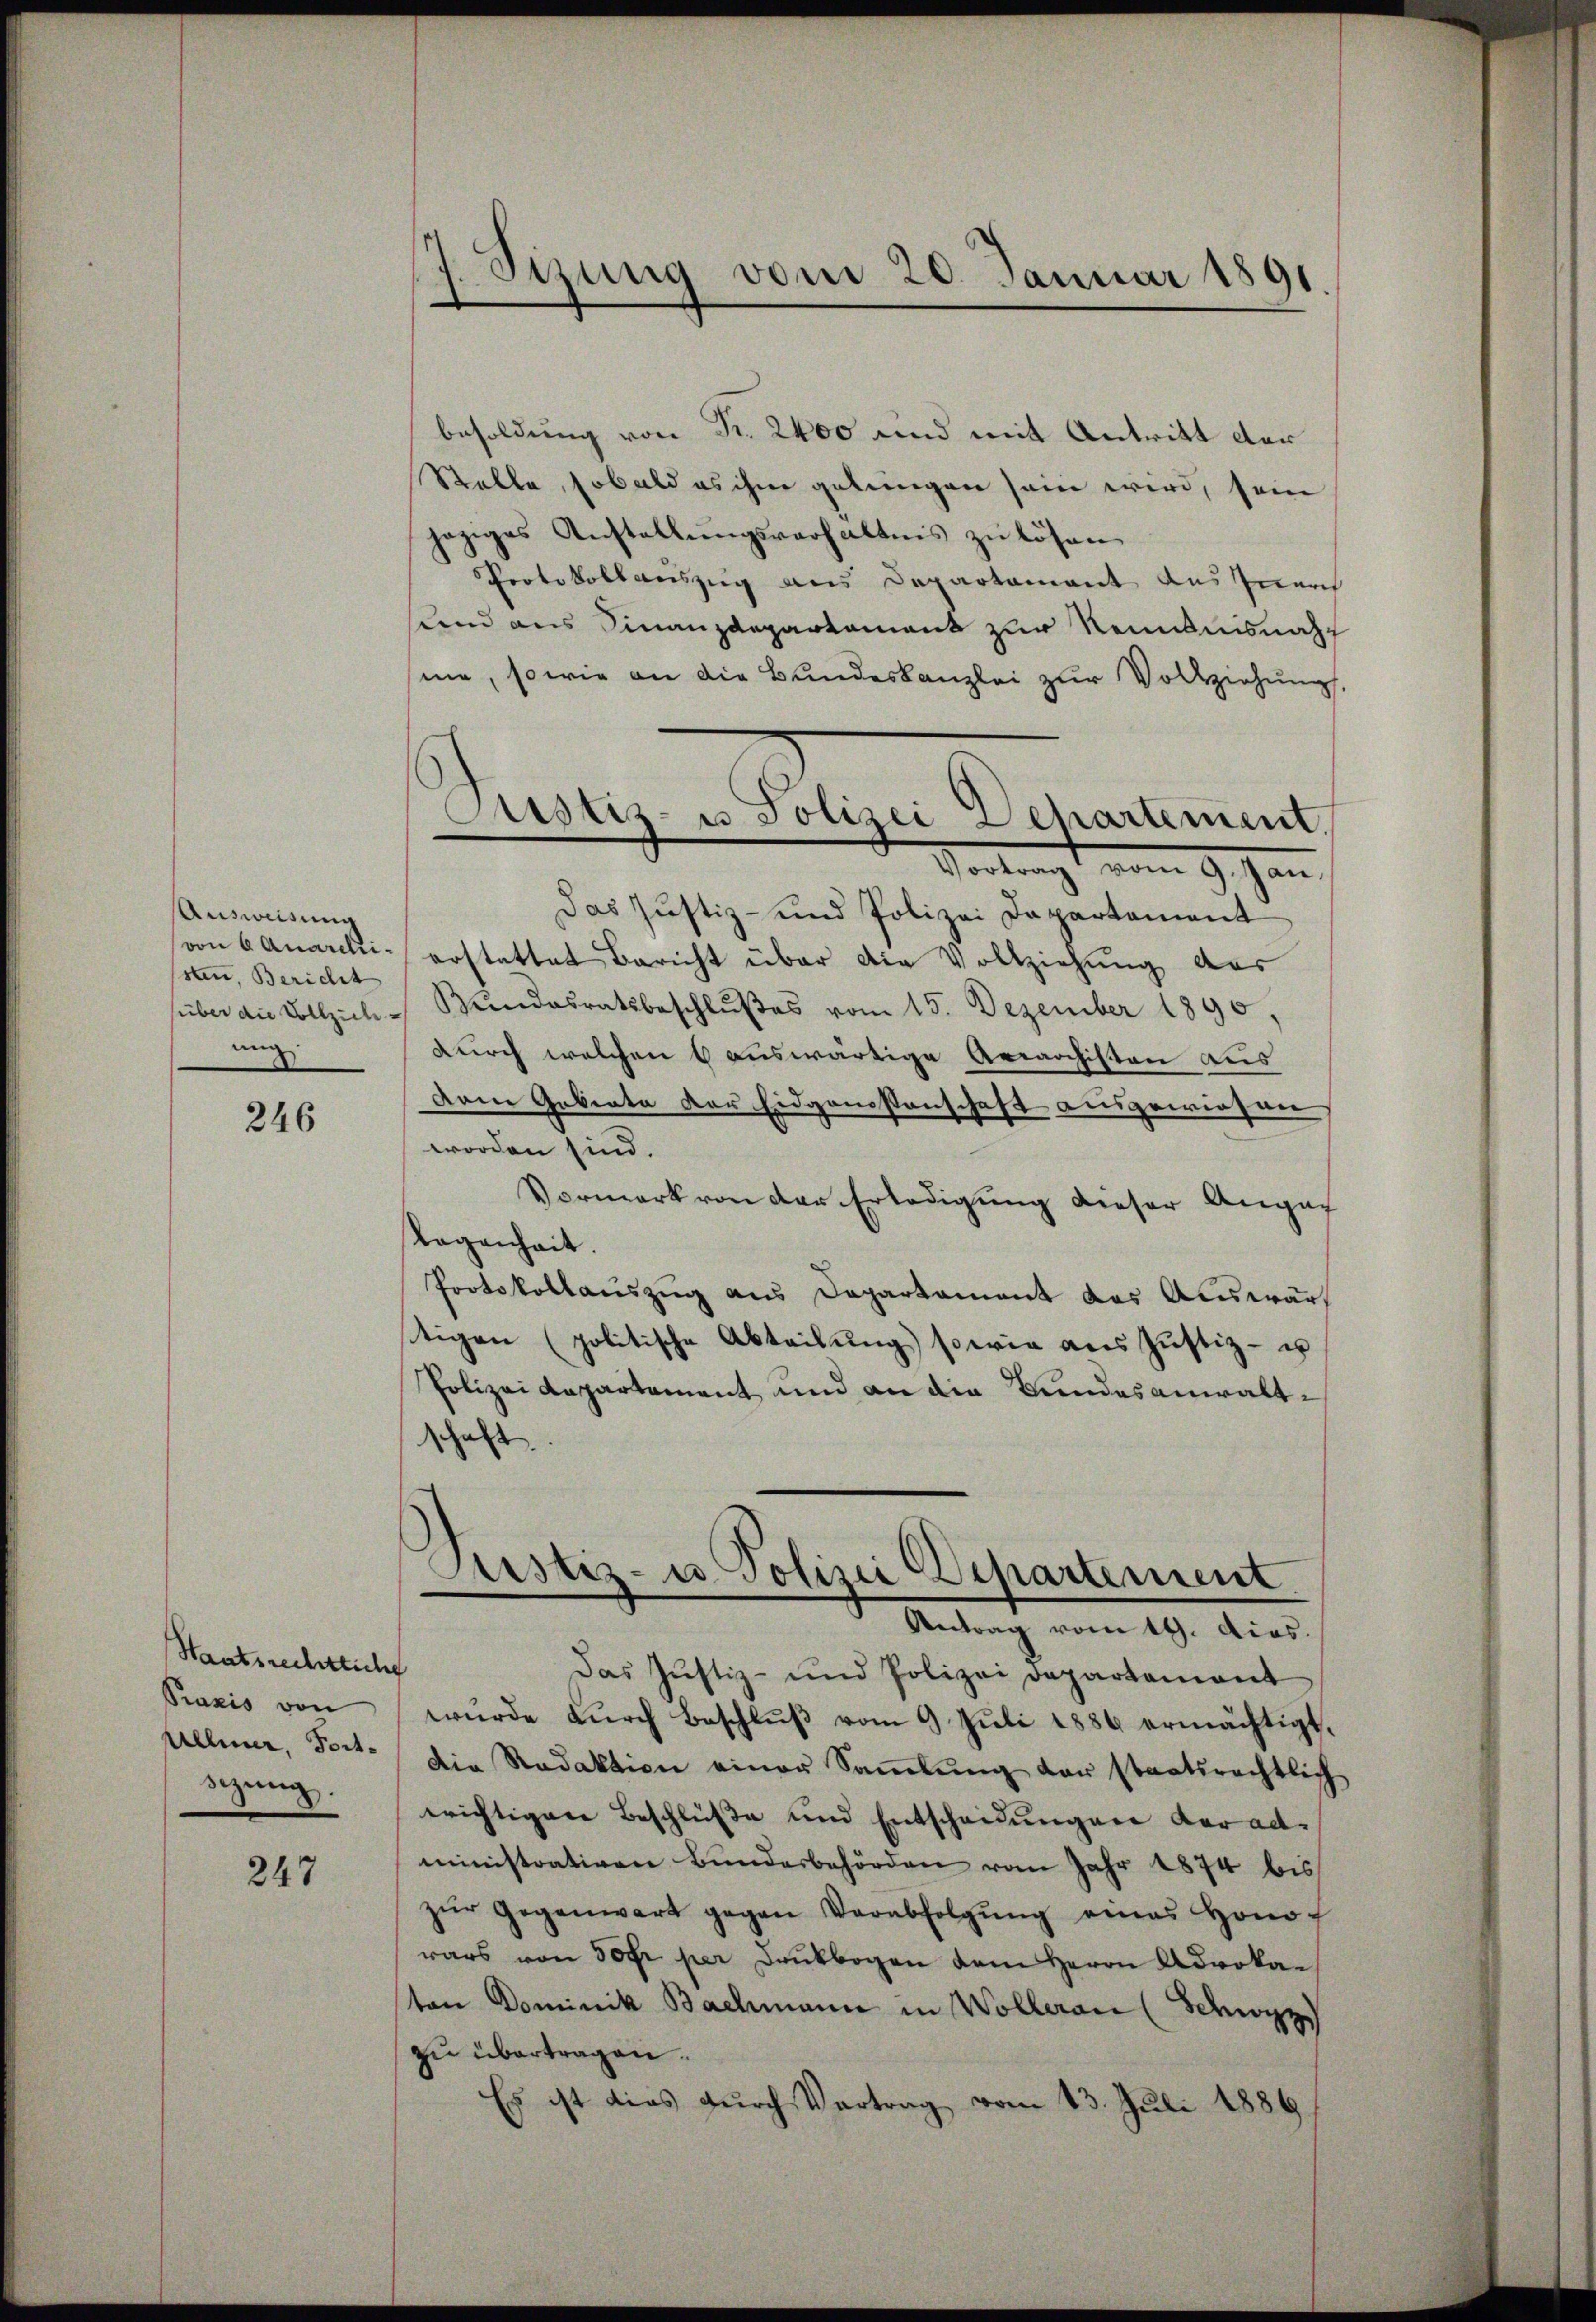
Ausweisung
sen, Bericht
süber die Vollzieh
ung

246

Staatsrechtliche
Praxis von
Ullmer, Fortsizung.

247

Sizung vom 20. Januar 1891

besoldung von R. 2400 und mit Antritt der
Stelle, sobald es ihm gelungen sein wird, sein
jeziges Anstellungsverhältnis zu lösen
Protokollauszug aus Departament aus Inner
send aus Finanzdepartement zur Kenntnisnah
sine, sowie an die Bundeskanzlei zur Vollziehung
Das Justiz- und Polizei Departement
(von Canarchi- erstattet Bericht über die Vollziehung des
Bŭndesratsbeschlußes vom 15. Dezember 1890.
durch welchen 6 auswärtige Arearchisten aus
Dem Gebiete der Eidgenossenschaft ausgewiesen
worden sind.
Vormerk von der Erledigung dieser Angac
legenheit.
Protokollauszug aus Departament das Auswärt
stigen (politische Abteilung sowie aus Justiz- u
Polizeidepartement und an die Bundesanwaltschaft.

Justiz- u Polizei Departement.
Vertragt vom 9. Jann

Justiz- u. Polizei Departement
e
Antrag vom 19. dies.
Das Justiz- und Polizei Departement

wurde durch Beschluß vom 9. Juli 1886 ermächtigt,
Die Redaktion einer Saṁlŭng der staatsrechtlich
erichtigen Beschlüße und Entscheidungen der administrativen Bundesbehörden vom Jahr 1874 bis
zŭr Gegenwart gegen Verabfolgŭng eines Hono
rars von Sofr per Druckbogen dem Herrn Advokaton Dominik Bachmann in Wolleran (Schwyz
zu übertragen.
Es ist dies durch Vertrag vom 13. Juli 1889.